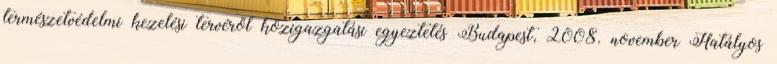
természetvédelmi kezelési tervéről közigazgatási egyeztetés Budapest, 2008. november Hatályos